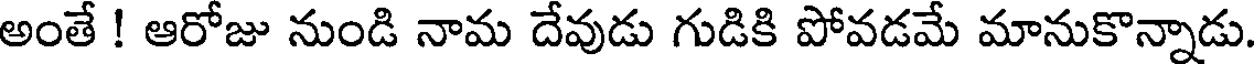
అంతే ! ఆరోజు నుండి నామ దేవుడు గుడికి పోవడమే మానుకొన్నాడు